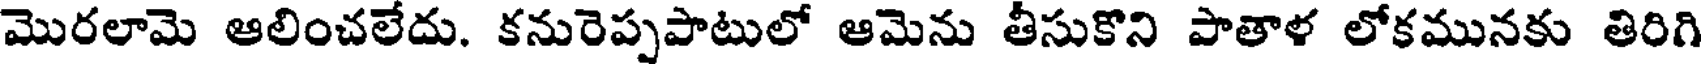
మొరలామె ఆలించలేదు. కనురెప్పపాటులో ఆమెను తీసుకొని పాతాళ లోకమునకు తిరిగి